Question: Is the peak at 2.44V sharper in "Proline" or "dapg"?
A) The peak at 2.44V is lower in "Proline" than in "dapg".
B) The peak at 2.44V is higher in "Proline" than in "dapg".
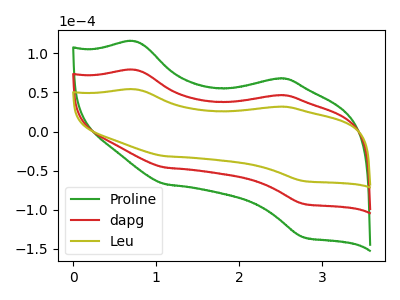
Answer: <think>The green curve "Proline" has anodic peaks at (0.75V, 157.65uA) (2.45V, 92.75uA) and cathodic peaks at (1.10V, -92.15uA) (2.80V, -185.00uA). The red curve "dapg" has anodic peaks at (0.75V, 78.80uA) (2.45V, 46.35uA) and cathodic peaks at (1.10V, -46.10uA) (2.80V, -92.50uA). The olive curve "Leu" has anodic peaks at (0.75V, 53.90uA) (2.45V, 31.70uA) and cathodic peaks at (1.10V, -31.50uA) (2.80V, -63.25uA).</think>
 <answer>B) The peak at 2.44V is higher in "Proline" than in "dapg".</answer>
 <eval>B</eval>